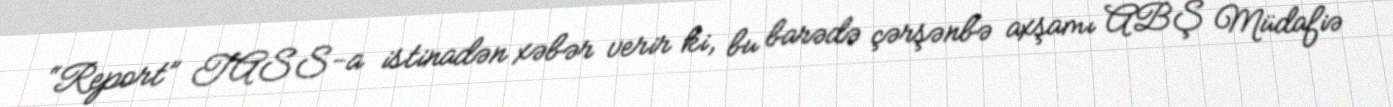
“Report” TASS-a istinadən xəbər verir ki, bu barədə çərşənbə axşamı ABŞ Müdafiə